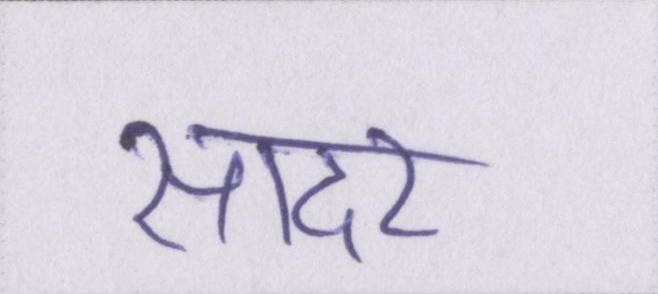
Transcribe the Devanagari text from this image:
सादर